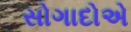
સોગાદોએ